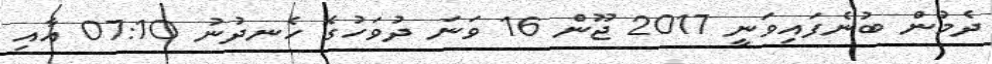
ދެމުން ބުނެފައިވަނީ 2017 ޖޫން 16 ވަނަ ދުވަހުގެ ހެނދުނު 07:10 އާއި